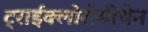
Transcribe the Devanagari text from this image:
ट्राईक्लोरोमीथेन